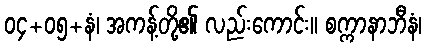
၀၄+၀၅+နံ၊ အကန့်တို့၏ လည်းကောင်း။ စက္ကာနာဘီနံ၊